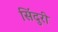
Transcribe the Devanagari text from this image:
सिंदुरी